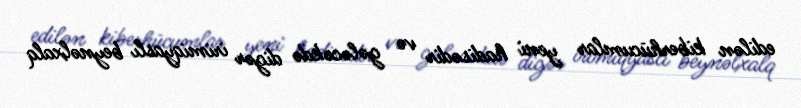
edilən kiberhücumlar yeni hadisədir və gələcəkdə digər irimiqyaslı beynəlxalq